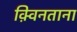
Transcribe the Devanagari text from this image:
क़्विनताना